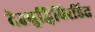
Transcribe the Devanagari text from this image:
देहबुद्धिविरहित